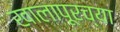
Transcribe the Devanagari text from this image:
खालापूरच्या